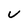
Character: u